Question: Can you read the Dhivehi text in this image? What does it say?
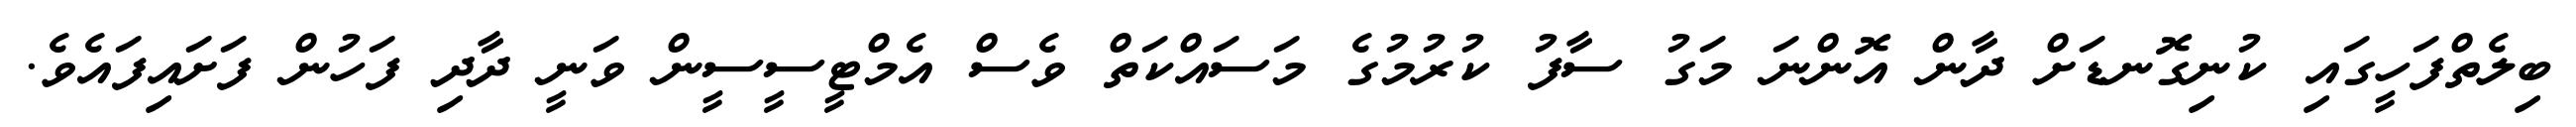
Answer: ބިލެތްފަހީގައި ކުނިގޮނޑަށް ދާން އޮންނަ މަގު ސާފު ކުރުމުގެ މަސައްކަތް ވެސް އެމްޓީސީސީން ވަނީ ދާދި ފަހުން ފަށައިފައެވެ.